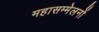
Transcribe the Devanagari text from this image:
महासम्मेलनों